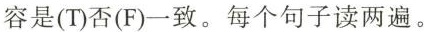
容是(T)否(F)一致.每个句子读两遍.